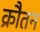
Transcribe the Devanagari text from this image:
क्रौतन